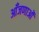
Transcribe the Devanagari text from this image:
आँजणाओं